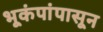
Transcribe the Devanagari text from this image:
भूकंपांपासून